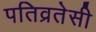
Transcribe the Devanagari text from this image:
पतिव्रतेसी